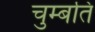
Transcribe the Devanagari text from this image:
चुम्बति